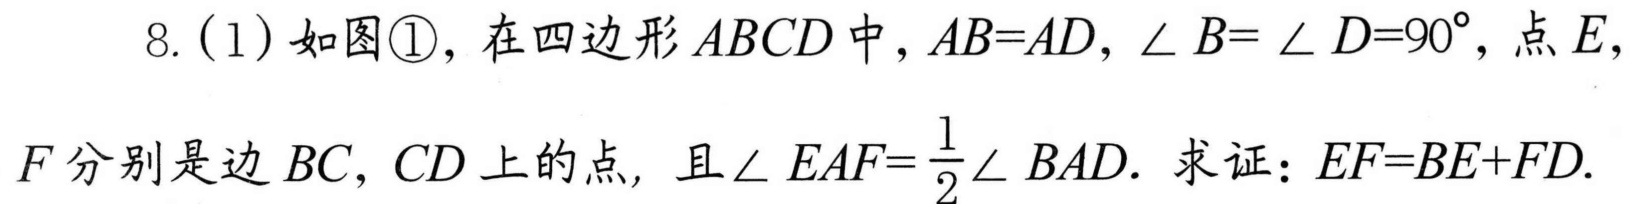
8. (1) 如图\textcircled{1}，在四边形\(ABCD\)中，\(AB = AD\)，\(\angle B=\angle D = 90^{\circ}\)，点\(E\)，
\(F\)分别是边\(BC\)，\(CD\)上的点，且\(\angle EAF=\dfrac{1}{2}\angle BAD\). 求证：\(EF = BE + FD\).